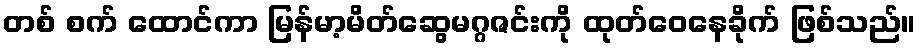
တစ် စက် ထောင်ကာ မြန်မာ့မိတ်ဆွေမဂ္ဂဇင်းကို ထုတ်ဝေနေခိုက် ဖြစ်သည်။